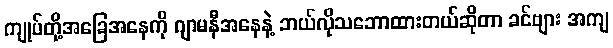
ကျုပ်တို့အခြေအနေကို ဂျာမနီအနေနဲ့ ဘယ်လိုသဘောထားတယ်ဆိုတာ ခင်ဗျား အကျ